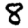
Digit: 8